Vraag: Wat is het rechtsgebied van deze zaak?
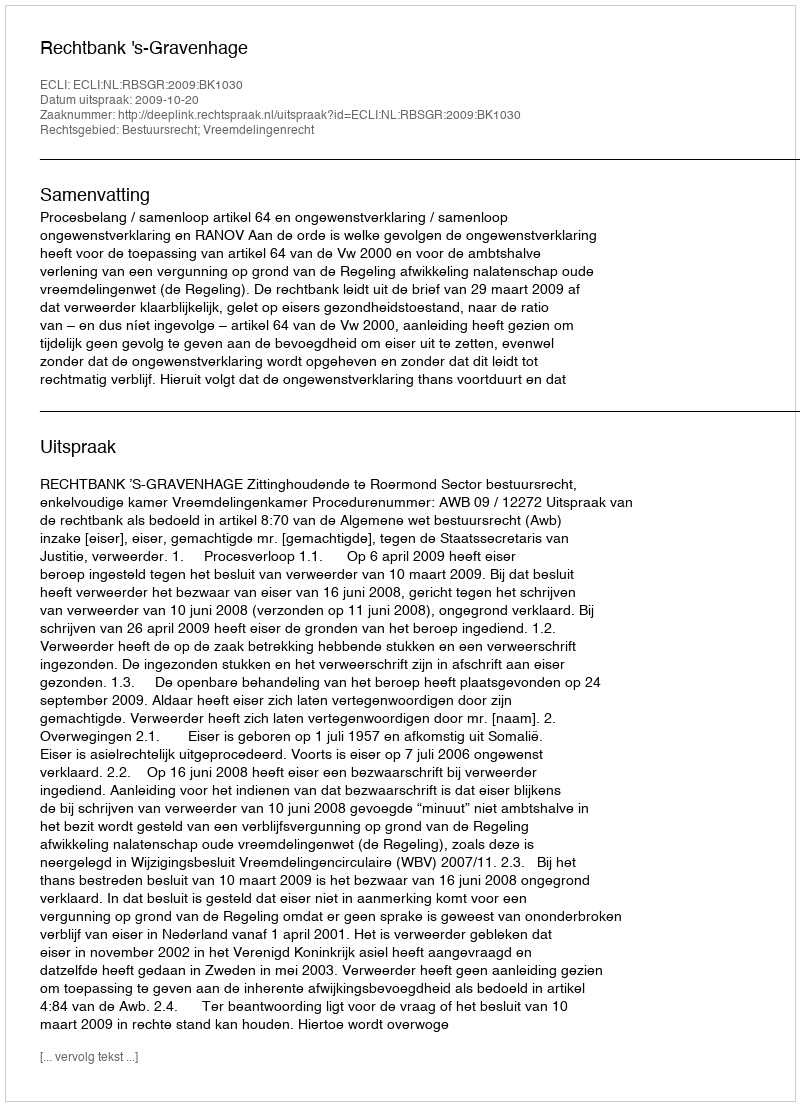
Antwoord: Bestuursrecht; Vreemdelingenrecht